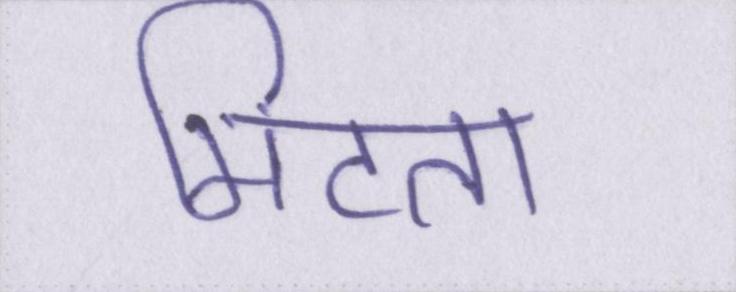
मिटता